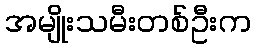
အမျိုးသမီးတစ်ဦးက